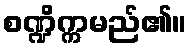
စဏ္ဍိက္ကမည်၏။